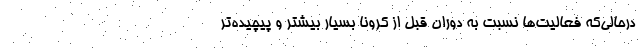
درحالی‌که فعالیت‌ها نسبت به دوران قبل از کرونا بسیار بیشتر و پیچیده‌تر